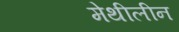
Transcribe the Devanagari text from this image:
मेथीलीन